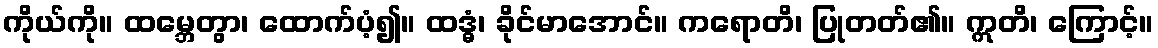
ကိုယ်ကို။ ထမ္ဘေတွာ၊ ထောက်ပံ့၍။ ထဒ္ဓံ၊ ခိုင်မာအောင်။ ကရောတိ၊ ပြုတတ်၏။ ဣတိ၊ ကြောင့်။